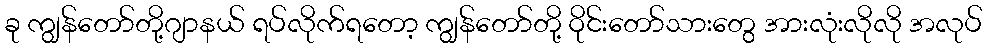
ခု ကျွန်တော်တို့ဂျာနယ် ရပ်လိုက်ရတော့ ကျွန်တော်တို့ ဝိုင်းတော်သားတွေ အားလုံးလိုလို အလုပ်